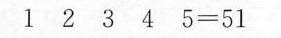
$$1 2 3 4 5 = 5 1$$